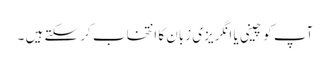
آپ کو چینی یا انگریزی زبان کا انتخاب کر سکتے ہیں ۔